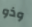
وذو